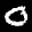
Label: 0